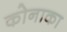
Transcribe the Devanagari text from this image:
कोनाका